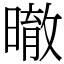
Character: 㬚